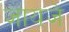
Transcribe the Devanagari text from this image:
जायजे